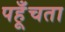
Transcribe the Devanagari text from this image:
पहूँचता